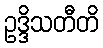
ဥဒ္ဒိသတီတိ